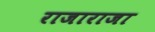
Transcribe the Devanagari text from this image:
राजाराजा